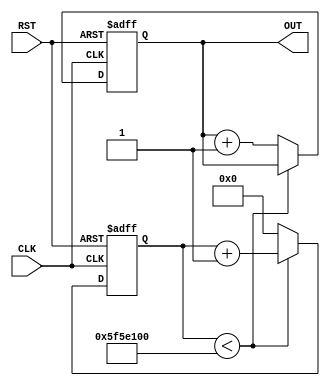
`timescale 1ns / 1ps
//////////////////////////////////////////////////////////////////////////////////
// Company: 
// Engineer: 
// 
// Design Name: 
// Module Name: LED
// Project Name: 
// Target Devices: 
// Tool Versions: 
// Description: 
// 
// Dependencies: 
// 
// Revision:
// Revision 0.01 - File Created
// Additional Comments:
// 
//////////////////////////////////////////////////////////////////////////////////


module LED(
    input CLK, RST,
    output reg  [7:0] OUT);
    
    reg [27:0] counter_1;
         
    always @(posedge CLK or posedge RST) begin
            if(RST) begin
                counter_1 <= 8'b0;
                OUT <= 8'b0;
            end
            else begin
              if (counter_1 < 100000000)
                counter_1 <= counter_1 + 1;
              else begin
                    OUT = OUT + 1;
                    counter_1 <= 0;
              end
            end
 end
endmodule